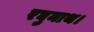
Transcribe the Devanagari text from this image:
रघुनाथ।